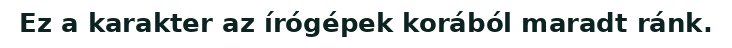
Ez a karakter az írógépek korából maradt ránk.